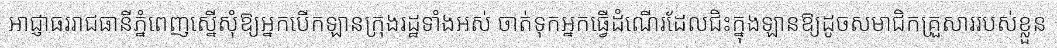
អាជ្ញាធររាជធានីភ្នំពេញស្នើសុំឱ្យអ្នកបើកឡានក្រុងរដ្ឋទាំងអស់ ចាត់ទុកអ្នកធ្វើដំណើរដែលជិះក្នុងឡានឱ្យដូចសមាជិកគ្រួសាររបស់ខ្លួន